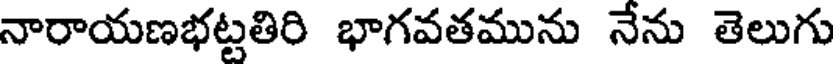
నారాయణభట్టతిరి భాగవతమును నేను తెలుగు